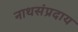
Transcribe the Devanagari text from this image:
नाथसंप्रदाय